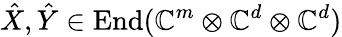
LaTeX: \hat{X},\hat{Y}\in\operatorname{End}(\mathbb{C}^{m}\otimes\mathbb{C}^{d}\otimes\mathbb{C}^{d})